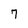
Character: 7